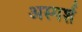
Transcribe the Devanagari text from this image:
अस्पर्श